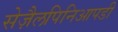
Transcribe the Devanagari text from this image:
सेज़ैलपिनिआपडी